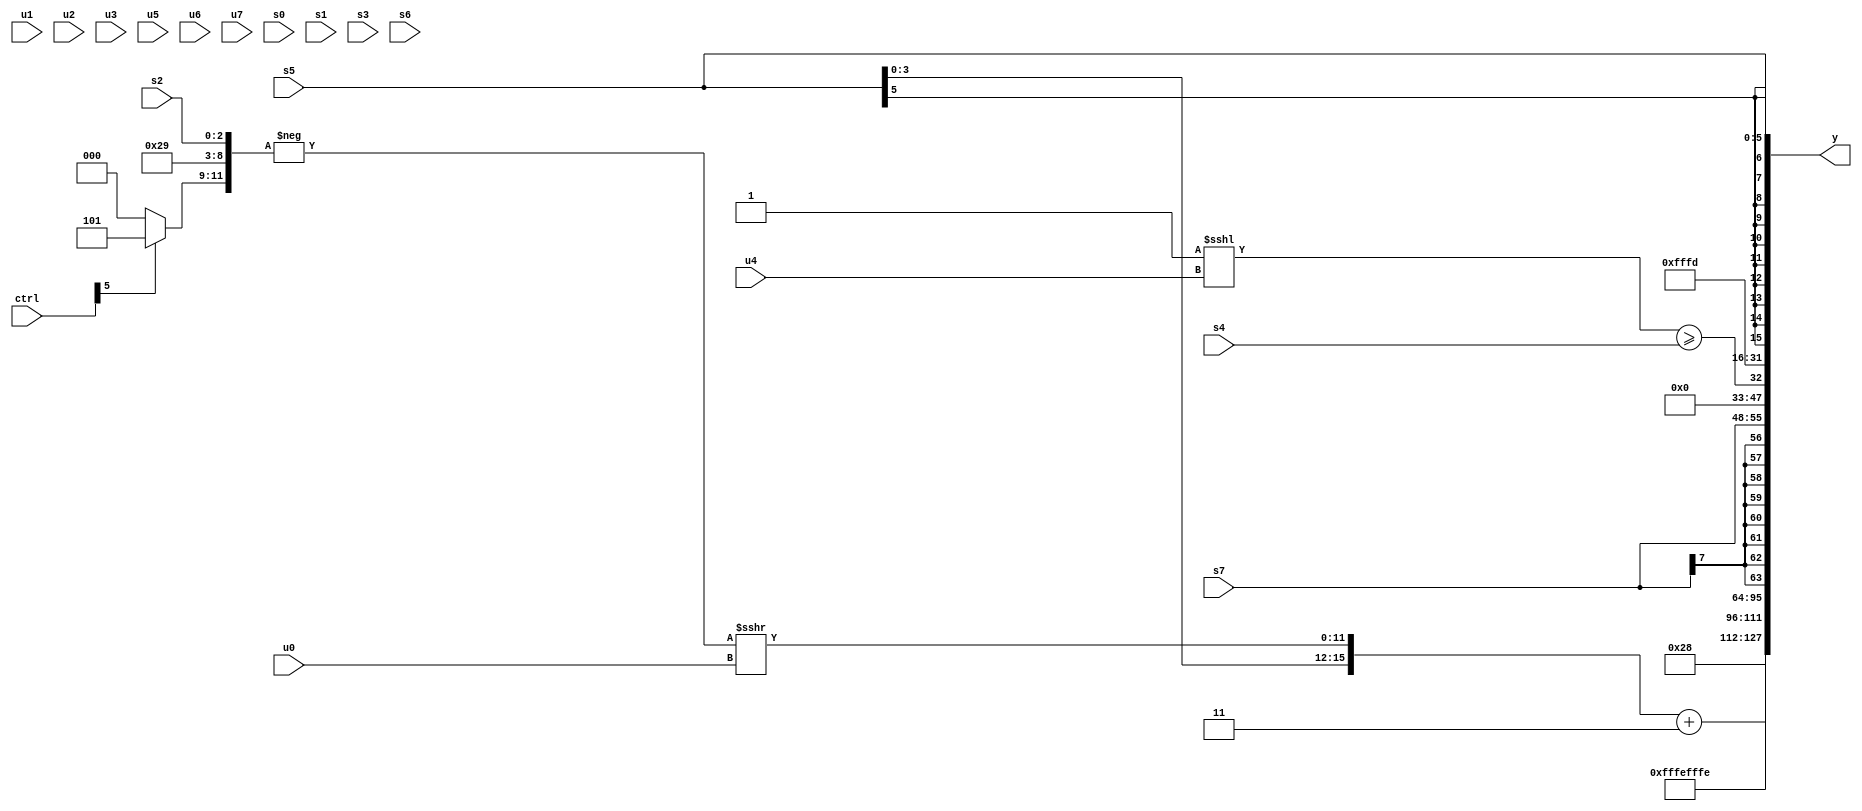
module wideexpr_00752(ctrl, u0, u1, u2, u3, u4, u5, u6, u7, s0, s1, s2, s3, s4, s5, s6, s7, y);
  input [7:0] ctrl;
  input [0:0] u0;
  input [1:0] u1;
  input [2:0] u2;
  input [3:0] u3;
  input [4:0] u4;
  input [5:0] u5;
  input [6:0] u6;
  input [7:0] u7;
  input signed [0:0] s0;
  input signed [1:0] s1;
  input signed [2:0] s2;
  input signed [3:0] s3;
  input signed [4:0] s4;
  input signed [5:0] s5;
  input signed [6:0] s6;
  input signed [7:0] s7;
  output [127:0] y;
  wire [15:0] y0;
  wire [15:0] y1;
  wire [15:0] y2;
  wire [15:0] y3;
  wire [15:0] y4;
  wire [15:0] y5;
  wire [15:0] y6;
  wire [15:0] y7;
  assign y = {y0,y1,y2,y3,y4,y5,y6,y7};
  assign y0 = {$unsigned(6'sb101000)};
  assign y1 = ({s5,$unsigned((-({(ctrl[5]?3'sb101:1'sb0),6'sb101001,s2}))>>>(u0))})+(2'b11);
  assign y2 = 2'sb10;
  assign y3 = -(3'b010);
  assign y4 = s7;
  assign y5 = ((1'sb1)<<<(u4))>=(s4);
  assign y6 = 3'sb101;
  assign y7 = s5;
endmodule